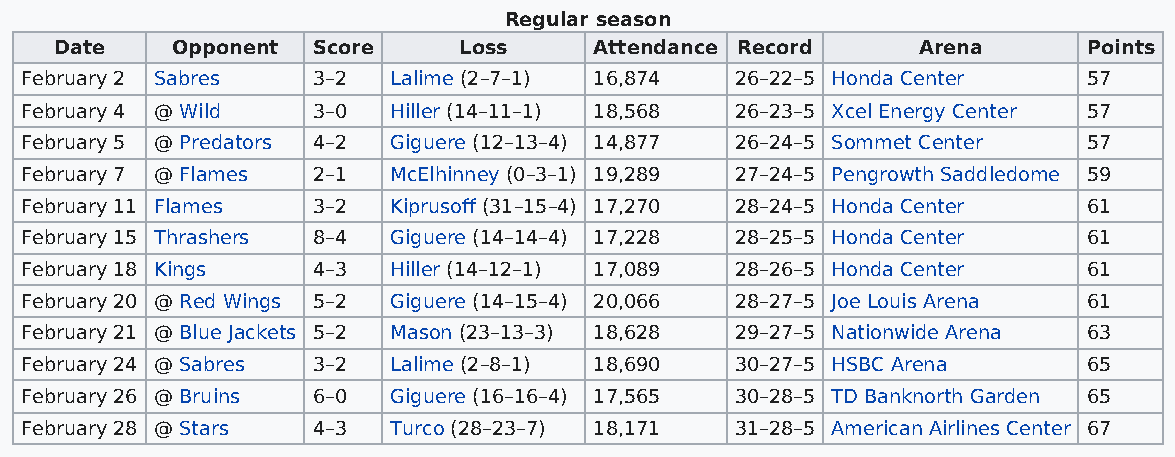
Regular season
 Date   Opponent  Score    Loss     Attendance Record     Arena      Points
 February 2 Sabres   3–2  Lalime (2–7–1) 16,874  26–22–5 Honda Center   57
 February 4 @ Wild   3–0  Hiller (14–11–1) 18,568 26–23–5 Xcel Energy Center 57
 February 5 @ Predators 4–2 Giguere (12–13–4) 14,877 26–24–5 Sommet Center 57
 February 7 @ Flames 2–1  McElhinney (0–3–1) 19,289 27–24–5 Pengrowth Saddledome 59
 February 11 Flames  3–2  Kiprusoff (31–15–4) 17,270 28–24–5 Honda Center 61
 February 15 Thrashers 8–4 Giguere (14–14–4) 17,228 28–25–5 Honda Center 61
 February 18 Kings   4–3  Hiller (14–12–1) 17,089 28–26–5 Honda Center  61
 February 20 @ Red Wings 5–2 Giguere (14–15–4) 20,066 28–27–5 Joe Louis Arena 61
 February 21 @ Blue Jackets 5–2 Mason (23–13–3) 18,628 29–27–5 Nationwide Arena 63
 February 24 @ Sabres 3–2 Lalime (2–8–1) 18,690  30–27–5 HSBC Arena     65
 February 26 @ Bruins 6–0 Giguere (16–16–4) 17,565 30–28–5 TD Banknorth Garden 65
 February 28 @ Stars 4–3  Turco (28–23–7) 18,171 31–28–5 American Airlines Center 67